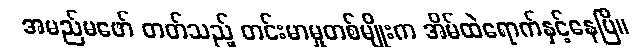
အမည်မဖော် တတ်သည့် တင်းမာမှုတစ်မျိုးက အိမ်ထဲရောက်နှင့်နေပြီ။